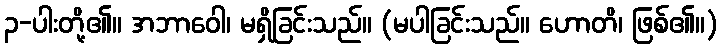
၃-ပါးတို့၏။ အဘာဝေါ၊ မရှိခြင်းသည်။ (မပါခြင်းသည်။ ဟောတိ၊ ဖြစ်၏။)